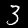
Label: 3